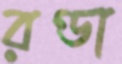
রণ্ডা